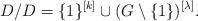
LaTeX: \begin{align*}D/D = \{1\}^{[k]} \cup (G \setminus \{1\})^{[\lambda]}.\end{align*}